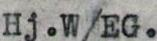
Hj.W/EG.